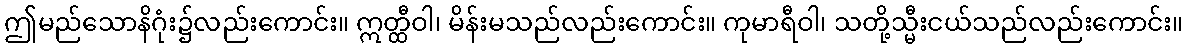
ဤမည်သောနိဂုံး၌လည်းကောင်း။ ဣတ္ထီဝါ၊ မိန်းမသည်လည်းကောင်း။ ကုမာရီဝါ၊ သတို့သ္မီးငယ်သည်လည်းကောင်း။